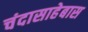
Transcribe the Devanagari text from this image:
चंदासाहेबास